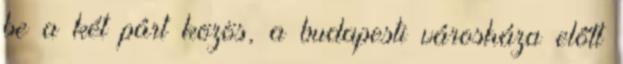
be a két párt közös, a budapesti városháza előtt